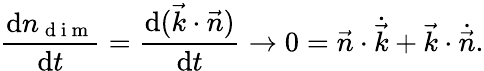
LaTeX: \frac{\mathrm{d}n_{\mathrm{~d~i~m~}}}{\mathrm{d}t}=\frac{\mathrm{d}(\vec{k}\cdot\vec{n})}{\mathrm{d}t}\rightarrow 0=\vec{n}\cdot\dot{\vec{k}}+\vec{k}\cdot\dot{\vec{n}}.